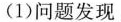
(1)问题发现